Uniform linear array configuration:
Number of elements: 16
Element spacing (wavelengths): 0.75
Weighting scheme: hamming
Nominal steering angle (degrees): -30
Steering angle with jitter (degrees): -30.099
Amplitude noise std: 0.05
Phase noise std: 0.05

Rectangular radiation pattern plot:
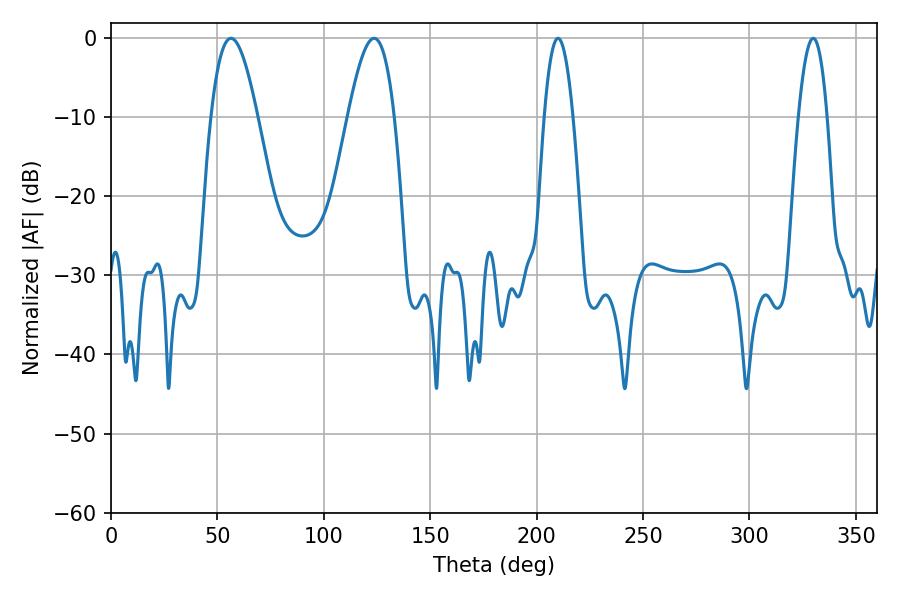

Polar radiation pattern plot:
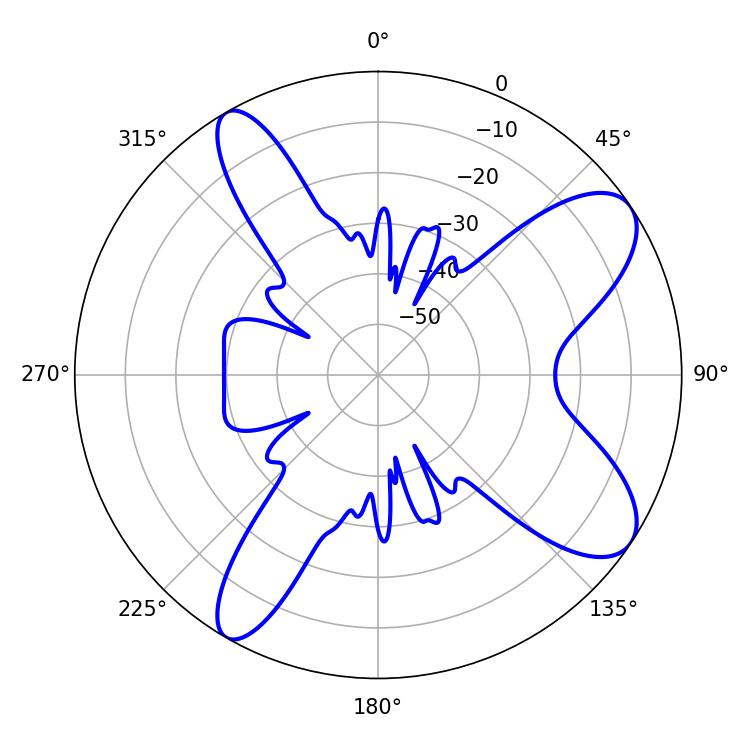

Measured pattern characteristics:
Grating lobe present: TRUE
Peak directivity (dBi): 9.243
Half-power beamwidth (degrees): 7.38
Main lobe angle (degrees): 329.94